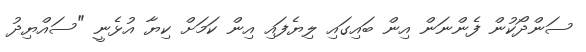
ސަންދޯކުން ފެންނަން އިން ބައިގައި ލިޔެފައި އިން ކަމަށް ކިޔާ އުޅެނީ "ސައްޔިދު